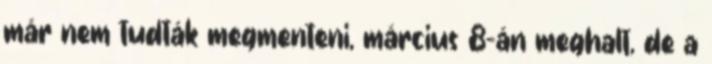
már nem tudták megmenteni, március 8-án meghalt, de a